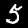
Label: 5